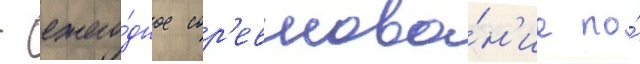
- ежего́дное сор'евнова́н'ие по́